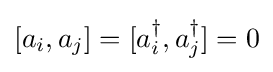
[a_{i},a_{j}]=[a_{i}^{\dagger },a_{j}^{\dagger }]=0